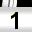
Digit: 1